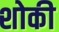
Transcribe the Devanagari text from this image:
शोकी